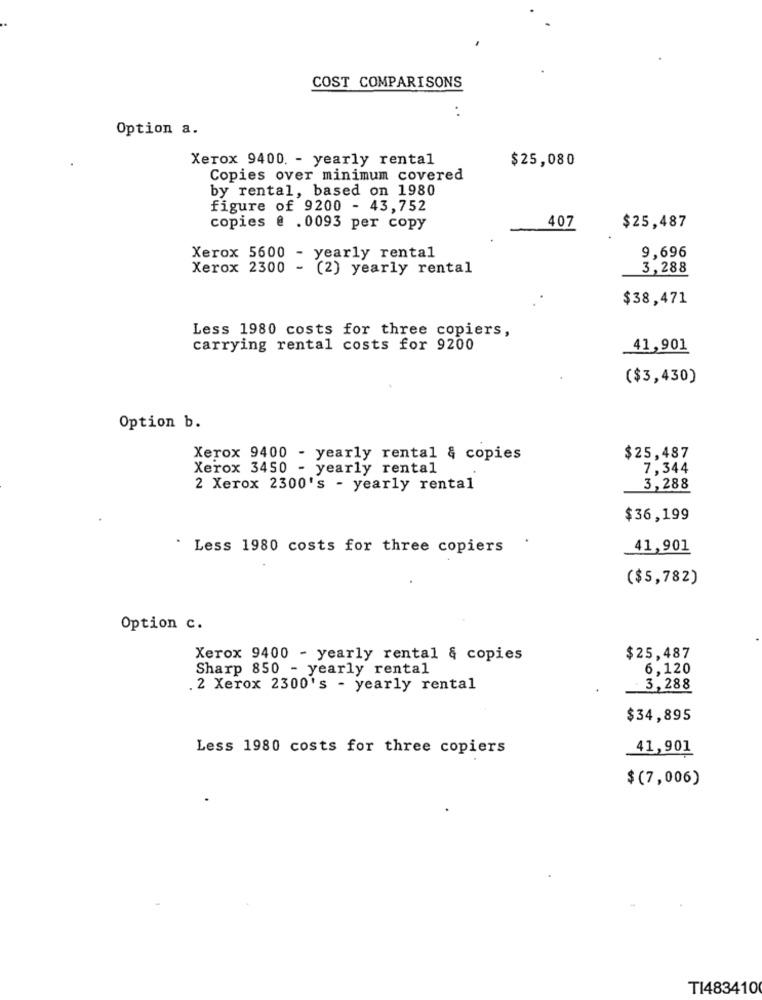
COST COMPARISONS
. .
Option a.
Xerox 9400. - yearly rental
$25,080
Copies over minimum covered
by rental, based on 1980
figure of 9200 - 43,752
copies @ .0093 per copy
407
$25,487
Xerox 5600 - yearly rental
9,696
Xerox 2300
- (2) yearly rental
3,288
$38,471
Less 1980 costs for three copiers,
carrying rental costs for 9200
41,901
($3,430)
Option b.
Xerox 9400 - yearly rental & copies
$25,487
Xerox 3450 - yearly rental
7,344
2 Xerox 2300's - yearly rental
3,288
$36,199
Less 1980 costs for three copiers
41,901
($5,782)
Option c.
Xerox 9400 - yearly rental & copies
$25,487
Sharp 850 - yearly rental
6,120
. 2 Xerox 2300's - yearly rental
3,288
$34,895
Less 1980 costs for three copiers
41,901
$(7,006)
TI483410